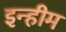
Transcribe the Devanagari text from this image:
इन्हीम